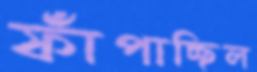
ফাঁপাচ্ছিল